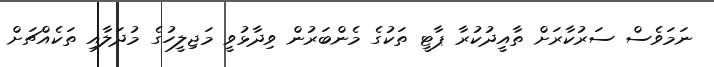
ނަމަވެސް ސަރުކާރަށް ތާއީދުކުރާ ޕާޓީ ތަކުގެ މެންބަރުން ވިދާޅުވީ މަޖިލީހުގެ މުދަލާއި ތަކެއްޗަށް